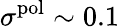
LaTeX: \sigma^{\mathrm{pol}}\sim 0.1